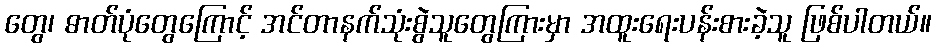
တွေ၊ ဓာတ်ပုံတွေကြောင့် အင်တာနက်သုံးစွဲသူတွေကြားမှာ အထူးရေးပန်းစားခဲ့သူ ဖြစ်ပါတယ်။